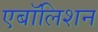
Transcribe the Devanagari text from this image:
एबॉलिशन